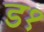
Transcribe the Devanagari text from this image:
ड१